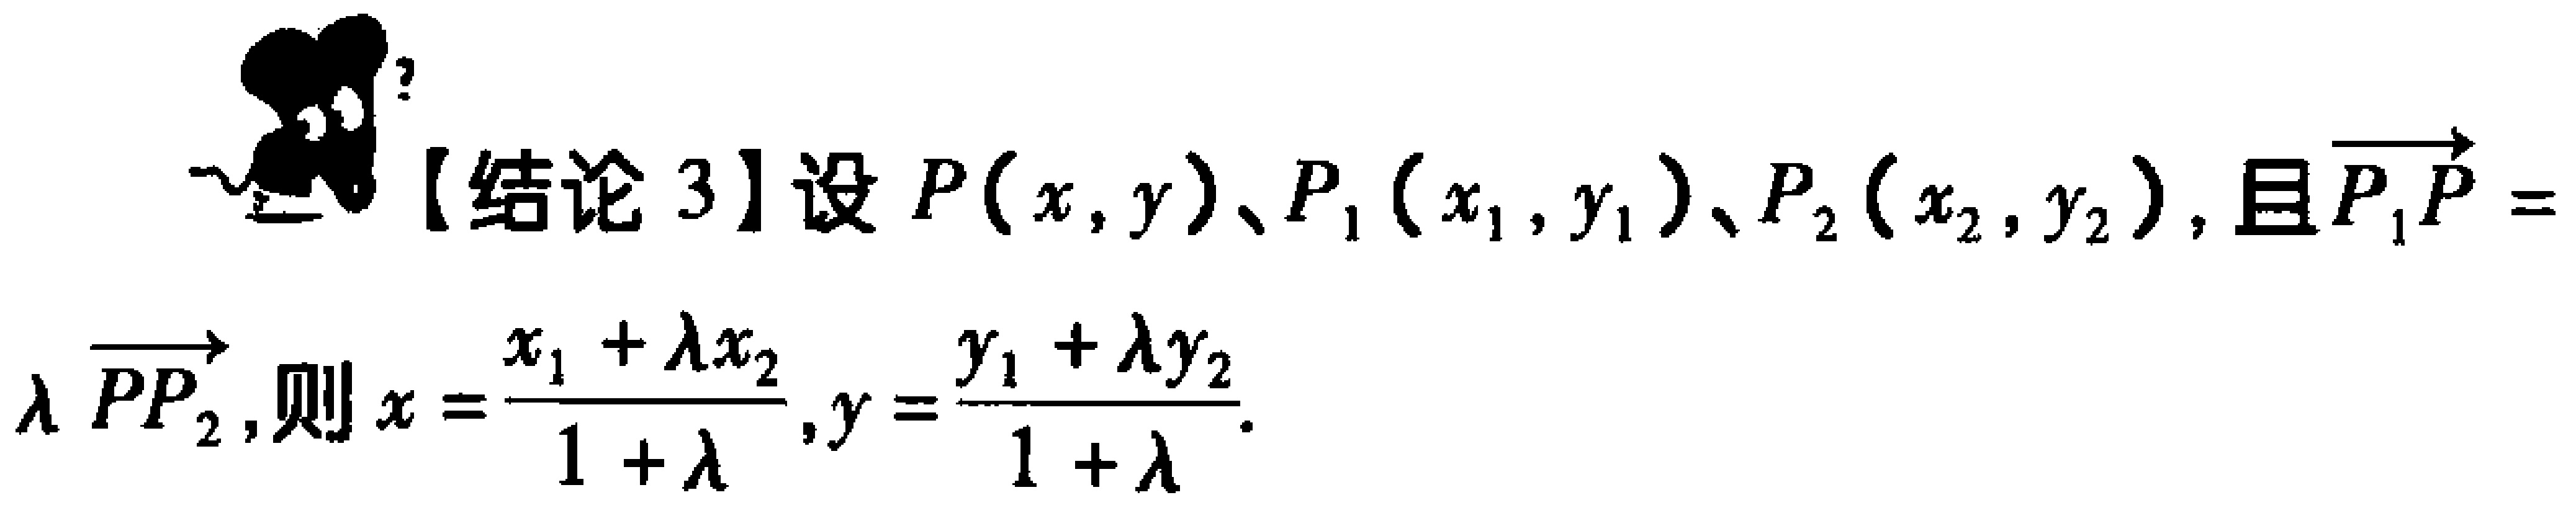
【结论 3】设 \(P(x,y)\)、\(P_1(x_1,y_1)\)、\(P_2(x_2,y_2)\)，且\(\overrightarrow{P_1P} = \lambda\overrightarrow{PP_2}\)，则\(x = \frac{x_1 + \lambda x_2}{1 + \lambda},y = \frac{y_1 + \lambda y_2}{1 + \lambda}\)。